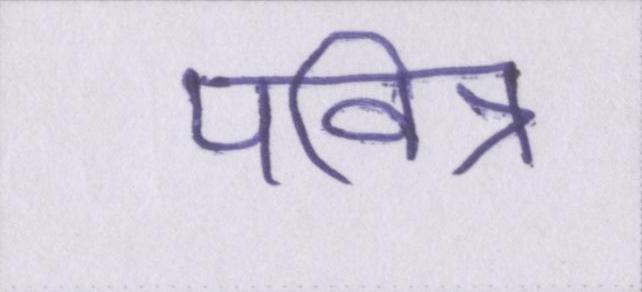
पवित्र